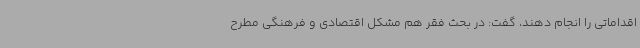
اقداماتی را انجام دهند، گفت: در بحث فقر هم مشکل اقتصادی و فرهنگی مطرح